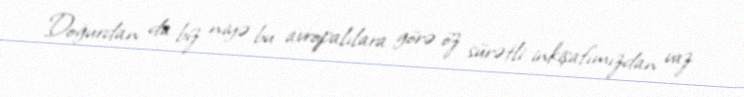
Doğurdan da biz niyə bu avropalılara görə öz sürətli inkişafımızdan vaz